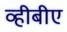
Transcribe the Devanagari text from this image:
व्हीबीए